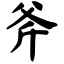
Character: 斧